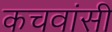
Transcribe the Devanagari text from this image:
कचवांसी